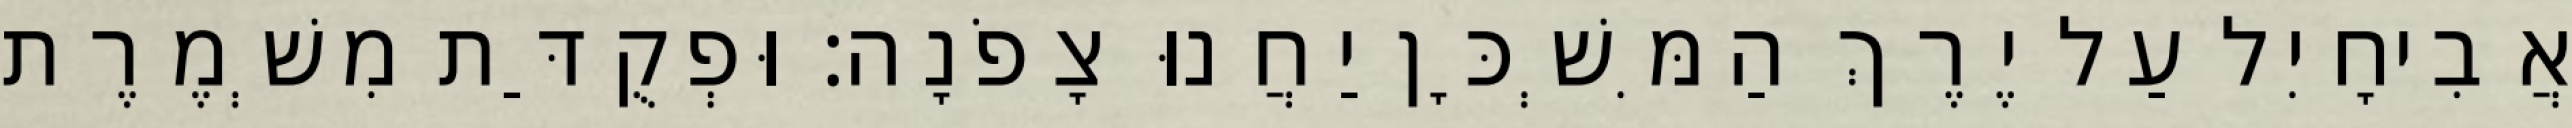
אֲבִיחָיִל עַל יֶרֶךְ הַמִּשְׁכָּן יַחֲנוּ צָפֹנָה׃ וּפְקֻדַּת מִשְׁמֶרֶת